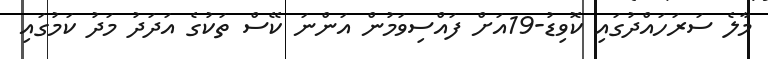
މާލެ ސަރަހައްދުގައި ކޮވިޑު-19އަށް ފައްސިވަމުން އަންނަ ކޭސް ތަކުގެ އަދަދު މަދު ކަމުގައި